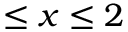
\leq x \leq 2